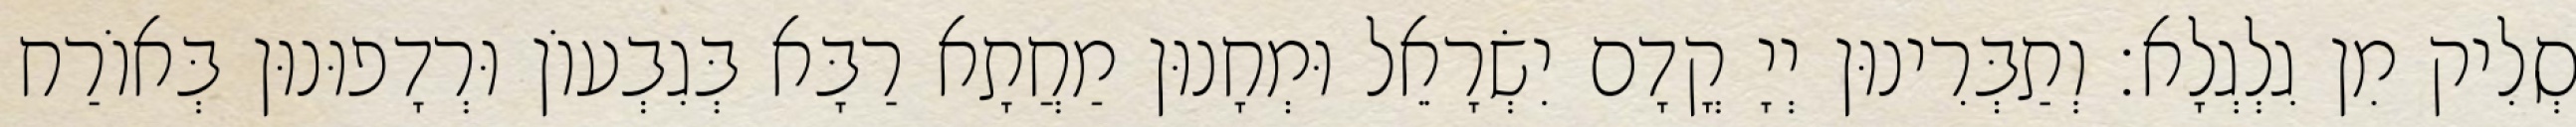
סְלִיק מִן גִלְגְלָא׃ וְתַבְּרִינוּן יְיָ קֳדָם יִשְׂרָאֵל וּמְחָנוּן מַחֲתָא רַבָּא בְּגִבְעוֹן וּרְדָפוּנוּן בְּאוֹרַח